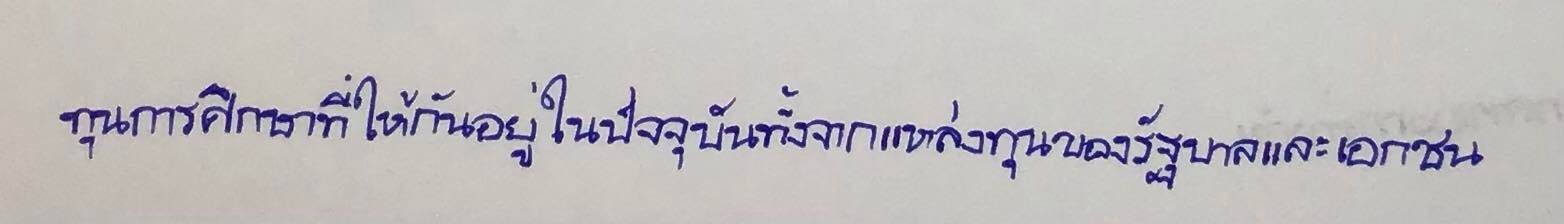
ทุนการศึกษาที่ให้กันอยู่ในปัจจุบันทั้งจากแหล่งทุนของรัฐบาลและเอกชน